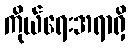
ကိုယ်ရေးအရာရှိ